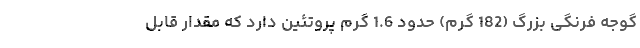
گوجه فرنگی بزرگ (182 گرم) حدود 1.6 گرم پروتئین دارد که مقدار قابل